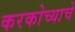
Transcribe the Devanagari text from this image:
करकोच्याचे